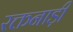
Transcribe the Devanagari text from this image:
रक्तनाड़ी